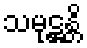
သမုဋ္ဌန္တိ